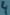
Text: 4